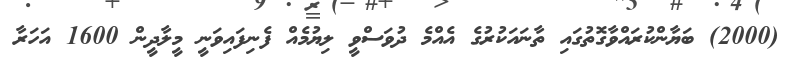
(2000) ބަޔާންކުރައްވާގޮތުގައި ތާނައަކުރުގެ އެއްމެ ދުވަސްވީ ލިޔުމެއް ފެނިފައިވަނީ މީލާދީން 1600 އަހަރާ